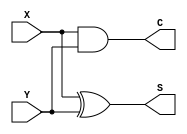
module half_addr(X,Y,S,C);
   input X,Y;
   output S,C;

   wire S;
   wire C;

   assign S=X^Y;
   assign C=X&Y;
endmodule

module full_addr(a,b,sum,cin,carry);
  input[1:0] a,b;
  input cin;
  output [1:0] sum;
  output carry;

  wire c0,c1,c2,c3,c4;
  wire s0,s1;

  half_addr H1 (a[0],b[0],s0,c0);
  half_addr H2 (s0,cin,sum[0],c1);           //c0 or c1 gives c2
  or G1 (c2,c1,c0);
  half_addr H3 (a[1],b[1],s1,c3);   
  half_addr H4 (s1,c2,sum[1],c4);            //c3 or c4 gives carry 
  or G2 (carry,c3,c4);
endmodule